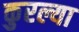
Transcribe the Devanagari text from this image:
कुरल्या